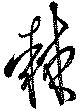
棘